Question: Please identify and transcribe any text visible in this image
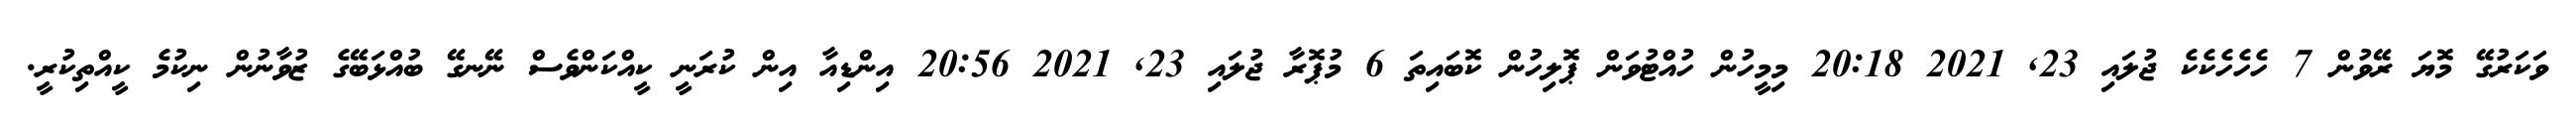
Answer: ވަކަރުގޭ މޮޔަ ރޭވުން 7 ހެހެހެކެކެ ޖުލައި 23, 2021 20:18 މިމީހުން ހުއްޓުވަން ޕޮލިހުން ކޮބައިތަ 6 މުޕޮރާ ޖުލައި 23, 2021 20:56 އިންޑިއާ އިން ކުރަނީ ކީއްކަންވެސް ނޭނގޭ ބުއްޅަބޭގެ ޒުވާނުން ނިކުމެ ކީއްތިކުރީ.